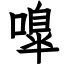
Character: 嘷